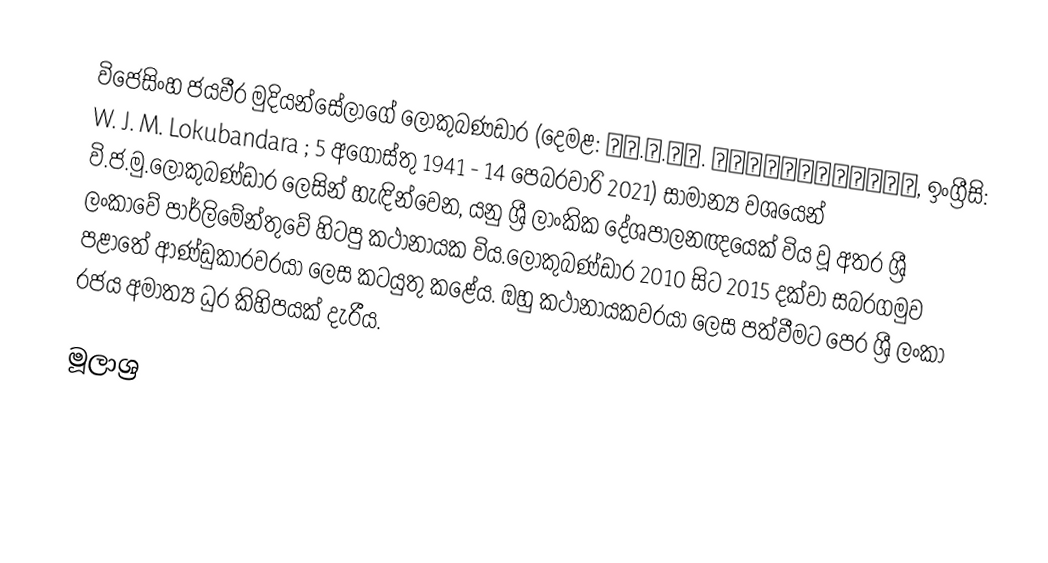
විජෙසිංහ ජයවීර මුදියන්සේලාගේ ලොකුබණඩාර (දෙමළ: வி.ஜ.மு. லொக்குபண்டார, ඉංග්‍රීසි: W. J. M. Lokubandara ; 5 අගෝස්තු 1941 - 14 පෙබරවාරි 2021) සාමාන්‍ය වශයෙන් වි.ජ.මු.ලොකුබණ්ඩාර ලෙසින් හැඳින්වෙන, යනු ශ්‍රී ලාංකික දේශපාලනඥයෙක් විය වූ අතර ශ්‍රී ලංකාවේ පාර්ලිමේන්තුවේ හිටපු කථානායක විය.ලොකුබණ්ඩාර 2010 සිට 2015 දක්වා සබරගමුව පළාතේ ආණ්ඩුකාරවරයා ලෙස කටයුතු කළේය. ඔහු කථානායකවරයා ලෙස පත්වීමට පෙර ශ්‍රී ලංකා රජය අමාත්‍ය ධුර කිහිපයක් දැරීය.

මූලාශ්‍ර